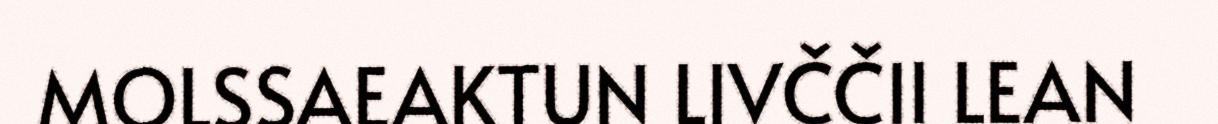
MOLSSAEAKTUN LIVČČII LEAN